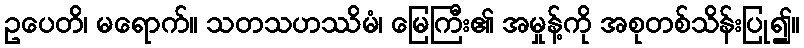
ဥပေတိ၊ မရောက်။ သတသဟဿိမံ၊ မြေကြီး၏ အမှုန့်ကို အစုတစ်သိန်းပြု၍။